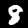
Label: 8